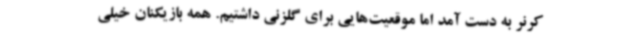
کرنر به دست آمد اما موقعیت‌هایی برای گلزنی داشتیم. همه بازیکنان خیلی